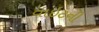
વાઇટની